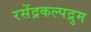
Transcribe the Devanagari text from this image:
रसेंद्रकल्पद्रुम